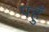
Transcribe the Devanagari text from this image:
पहुँ